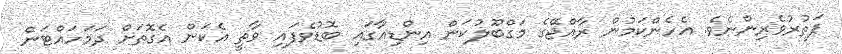
ފަތުރުވެރިންނެވެ. އެހެންކަމުން ރާއްޖޭގެ މަގްބޫލުކަން އިންޑިއާގައި ބޮޑުވެފައި ވާތީ އެކަން އެގޮތަށް ދަމަހައްޓަން